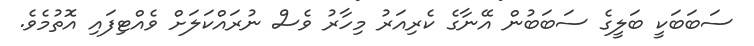
ސަބަބަކީ ބަލީގެ ސަބަބުން އޭނާގެ ކެރިއަރު މިހާރު ވެސް ނުރައްކަލަށް ވެއްޓިފައި އޮތުމެވެ.